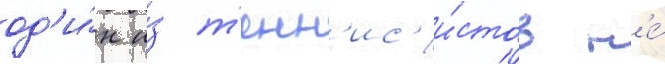
од'и́н и́з т'енн'ис'и́стов н'е́